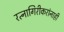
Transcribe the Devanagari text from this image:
रत्नागिरीकरांनाही